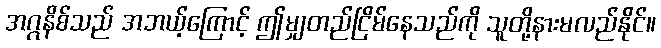
အဂ္ဂနိစ်သည် အဘယ့်ကြောင့် ဤမျှတည်ငြိမ်နေသည်ကို သူတို့နားမလည်နိုင်။